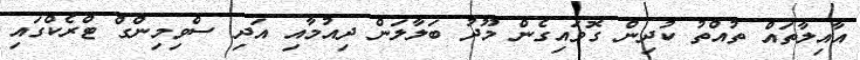
އާއިލާތައް ތުއްތު ކުދިން ގޮވައިގެން މޫދު ބަލާލަން ދިއުމާއި އަދި ސްވިމިންގް ޓްރެކްގައި